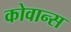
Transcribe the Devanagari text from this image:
कोवान्स